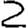
Digit: 2